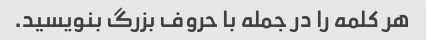
هر کلمه را در جمله با حروف بزرگ بنویسید.